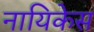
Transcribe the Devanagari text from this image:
नायिकेस